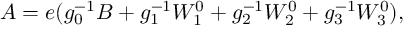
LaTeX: A = e ( g _ { 0 } ^ { - 1 } B + g _ { 1 } ^ { - 1 } W _ { 1 } ^ { 0 } + g _ { 2 } ^ { - 1 } W _ { 2 } ^ { 0 } + g _ { 3 } ^ { - 1 } W _ { 3 } ^ { 0 } ) ,